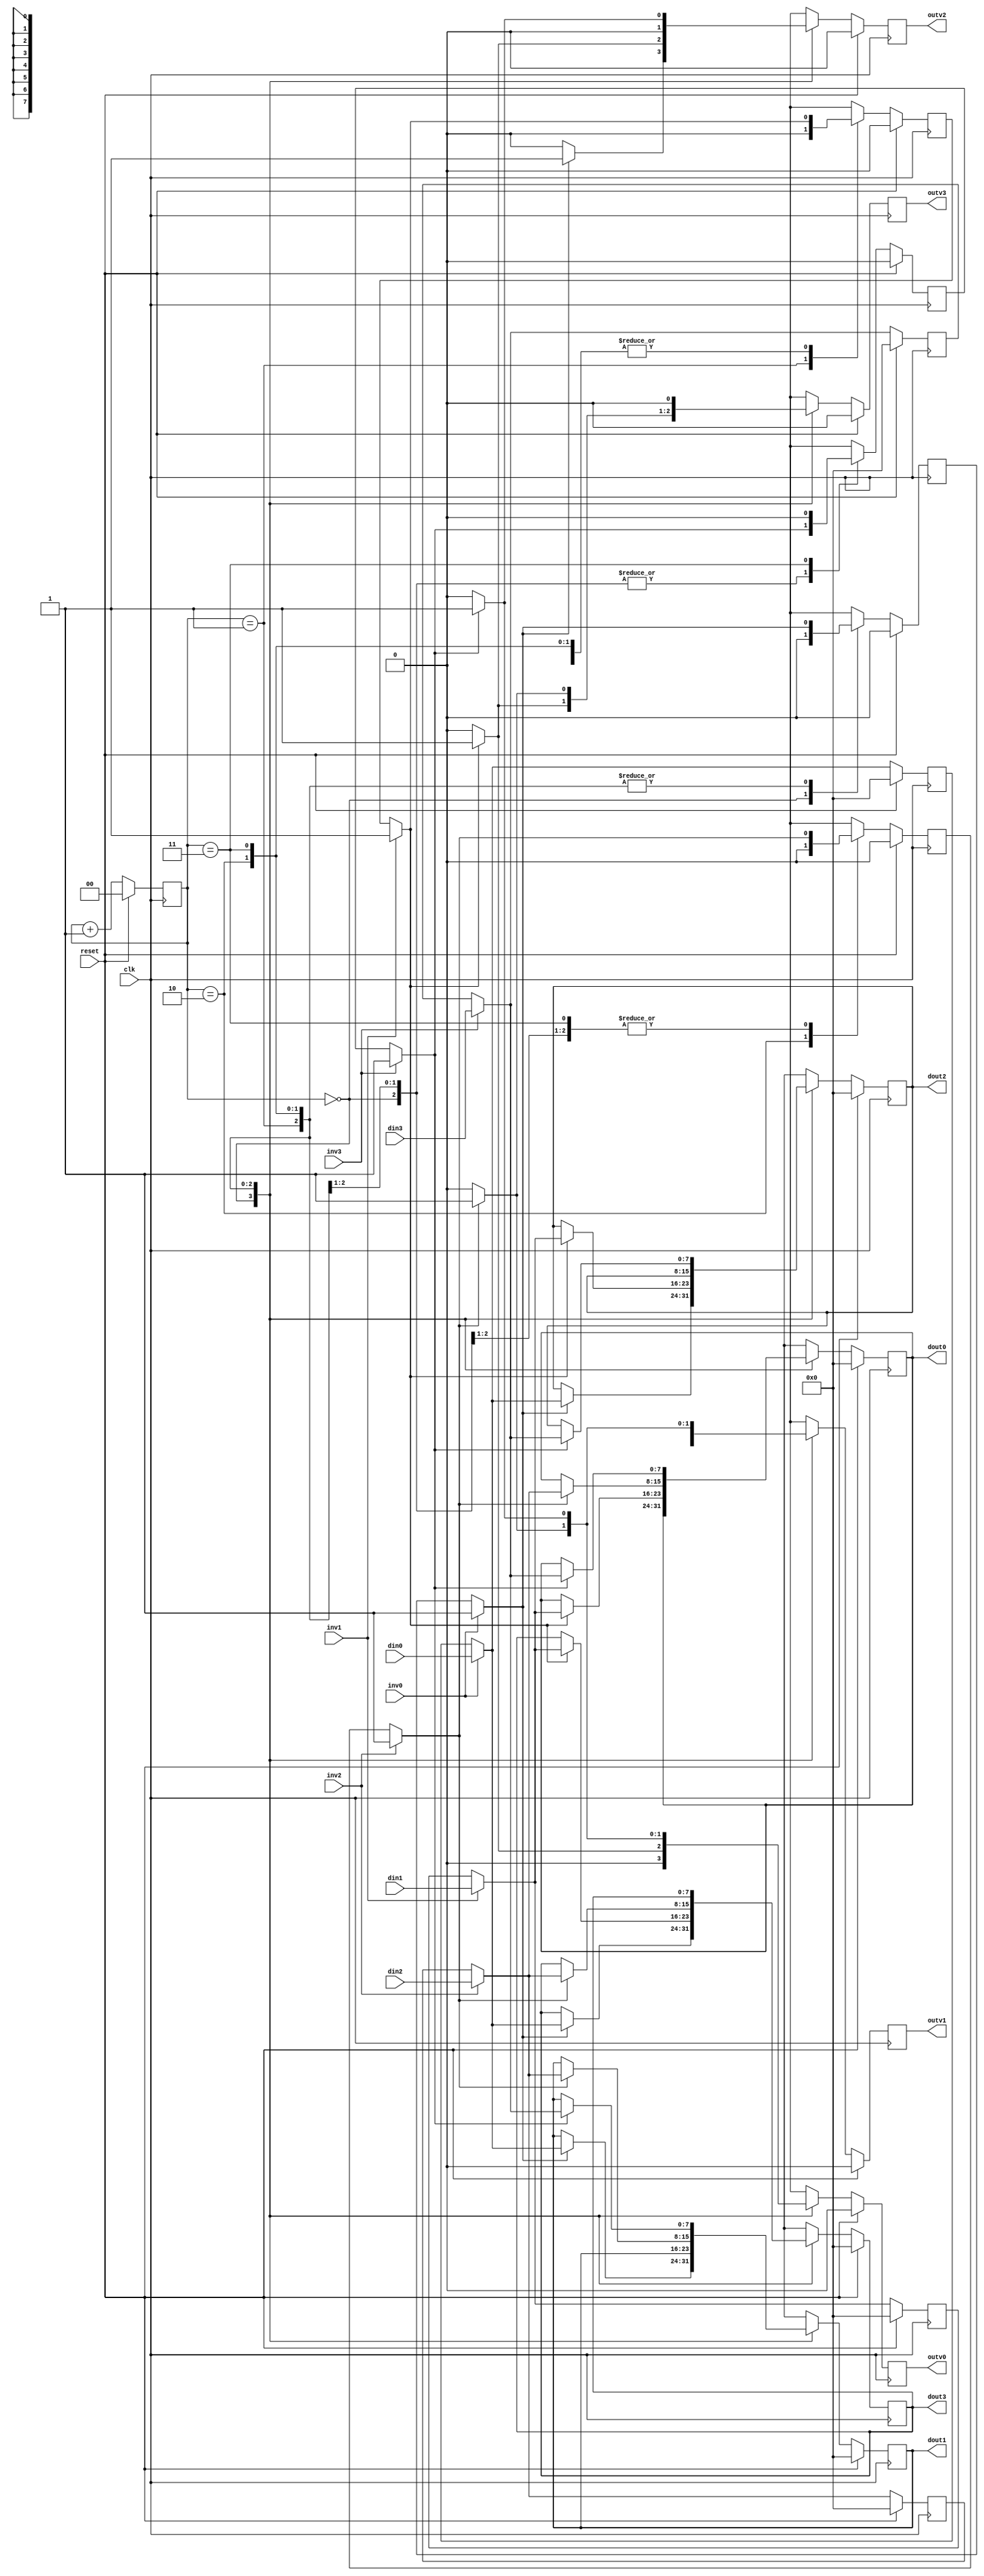
`timescale 1ns / 1ps
//////////////////////////////////////////////////////////////////////////////////
// Company: 
// Engineer: 
// 
// Design Name: 
// Module Name:    Destributor 
// Project Name: 
// Target Devices: 
// Tool versions: 
// Description: 
//
// Dependencies: 
//
// Revision: 
// Revision 0.01 - File Created
// Additional Comments: 
//
//////////////////////////////////////////////////////////////////////////////////
module Destributor(clk, reset,
						 din0, din1, din2, din3,
						 inv0, inv1, inv2, inv3,
						 dout0, dout1, dout2, dout3,
						 outv0, outv1, outv2, outv3
    );

	parameter data_len = 8;

	input clk, reset;
	input [data_len-1:0] din0, din1, din2, din3;
	input inv0, inv1, inv2, inv3;
	
	output reg [data_len-1:0] dout0, dout1, dout2, dout3;
	output reg outv0, outv1, outv2, outv3;
	
	parameter [1:0] s0 = 0, s1 = 1, s2 = 2, s3 = 3;
	reg [1:0] state;
	
	reg [data_len-1:0] memory [0:3];
	reg memory_valid [0:3];
	reg [2:0] i, j;
	
	always @ (posedge clk) begin
		// Update current memory status
		if (inv0) begin
			memory[0] = din0;
			memory_valid[0] = 1;
		end
		if (inv1)begin
			memory[1] = din1;
			memory_valid[1] = 1;
		end
		if (inv2)begin
			memory[2] = din2;
			memory_valid[2] = 1;
		end
		if (inv3)begin
			memory[3] = din3;
			memory_valid[3] = 1;
		end
		
		// Turn all previous output validations off
		outv0 = 0;
		outv1 = 0;
		outv2 = 0;
		outv3 = 0;

		// Manage the state machine and other stuff.
		if (reset) begin
			for (j=0; j<4; j=j+1) begin
				memory[j] = 0;
				memory_valid[j] = 0;
			end
			
			dout0 = 0;
			dout1 = 0;
			dout2 = 0;
			dout3 = 0;
			
			outv0 = 0;
			outv1 = 0;
			outv2 = 0;
			outv3 = 0;
			
			state = s0;
		end
		else begin
			case (state)
				s0: begin
					if (memory_valid[0]) begin
						dout1 = memory[0];
						outv1 = 1;
						
						dout2 = memory[0];
						outv2 = 1;
						
						dout3 = memory[0];
						outv3 = 1;
					end
					
					memory_valid[0] = 0;
//					outv0 <= 0;
				end
				
				s1: begin
					if (memory_valid[1]) begin
						dout0 = memory[1];
						outv0 = 1;
						
						dout2 = memory[1];
						outv2 = 1;
						
						dout3 = memory[1];
						outv3 = 1;
					end
					
					memory_valid[1] = 0;
//					outv1 <= 0;
				end
				
				s2: begin
					if (memory_valid[2]) begin
						dout0 = memory[2];
						outv0 = 1;
						
						dout1 = memory[2];
						outv1 = 1;
						
						dout3 = memory[2];
						outv3 = 1;
					end
					
					memory_valid[2] = 0;
//					outv2 <= 0;
				end
				
				s3: begin
					if (memory_valid[3]) begin
						dout0 = memory[3];
						outv0 = 1;
						
						dout1 = memory[3];
						outv1 = 1;
						
						dout2 = memory[3];
						outv2 = 1;
					end
					
					memory_valid[3] = 0;
//					outv3 <= 0;
				end
			endcase
		
		state = state + 1;
		end
	end
	
endmodule